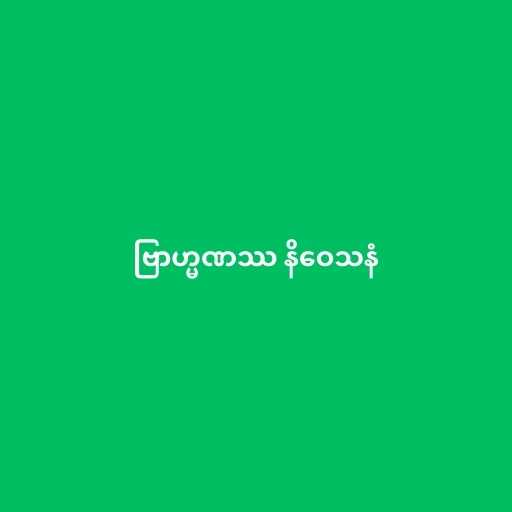
ဗြာဟ္မဏဿ နိဝေသနံ